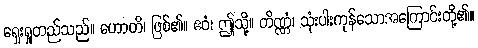
ရှေးရှုတည်သည်။ ဟောတိ၊ ဖြစ်၏။ ဧဝံ၊ ဤသို့။ တိဏ္ဏံ၊ သုံးပါးကုန်သောအကြောင်းတို့၏။